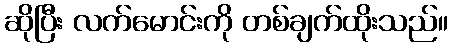
ဆိုပြီး လက်မောင်းကို တစ်ချက်ထိုးသည်။